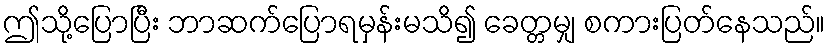
ဤသို့ပြောပြီး ဘာဆက်ပြောရမှန်းမသိ၍ ခေတ္တမျှ စကားပြတ်နေသည်။